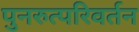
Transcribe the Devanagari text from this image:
पुनरुत्परिवर्तन